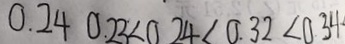
0 . 2 4 0 . 2 3 < 0 . 2 4 < 0 . 3 2 < 0 . 3 4